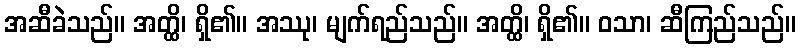
အဆီခဲသည်။ အတ္ထိ၊ ရှိ၏။ အဿု၊ မျက်ရည်သည်။ အတ္ထိ၊ ရှိ၏။ ဝသာ၊ ဆီကြည်သည်။